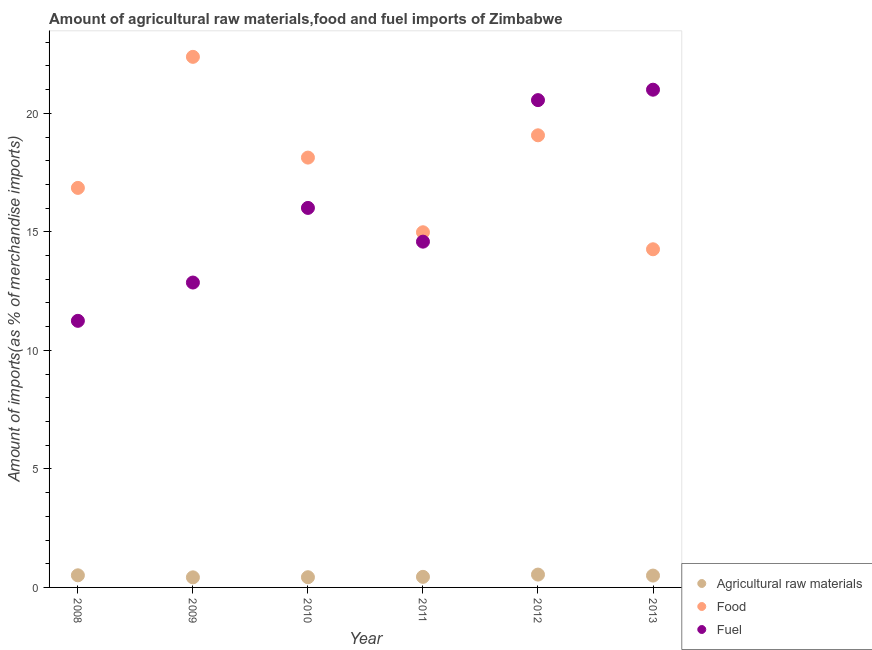
| Year | Agricultural raw materials | Food | Fuel |
 | --- | --- | --- | --- |
 | 2008 | 0.511 | 16.9 | 11.2 |
 | 2009 | 0.425 | 22.4 | 12.9 |
 | 2010 | 0.43 | 18.1 | 16 |
 | 2011 | 0.446 | 15 | 14.6 |
 | 2012 | 0.542 | 19.1 | 20.6 |
 | 2013 | 0.5 | 14.3 | 21 |